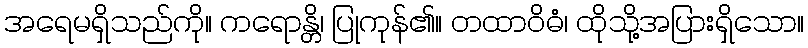
အရေမရှိသည်ကို။ ကရောန္တိ၊ ပြုကုန်၏။ တထာဝိဓံ၊ ထိုသို့အပြားရှိသော။